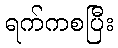
ရက်ကစပြီး